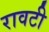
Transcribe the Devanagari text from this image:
रावटी